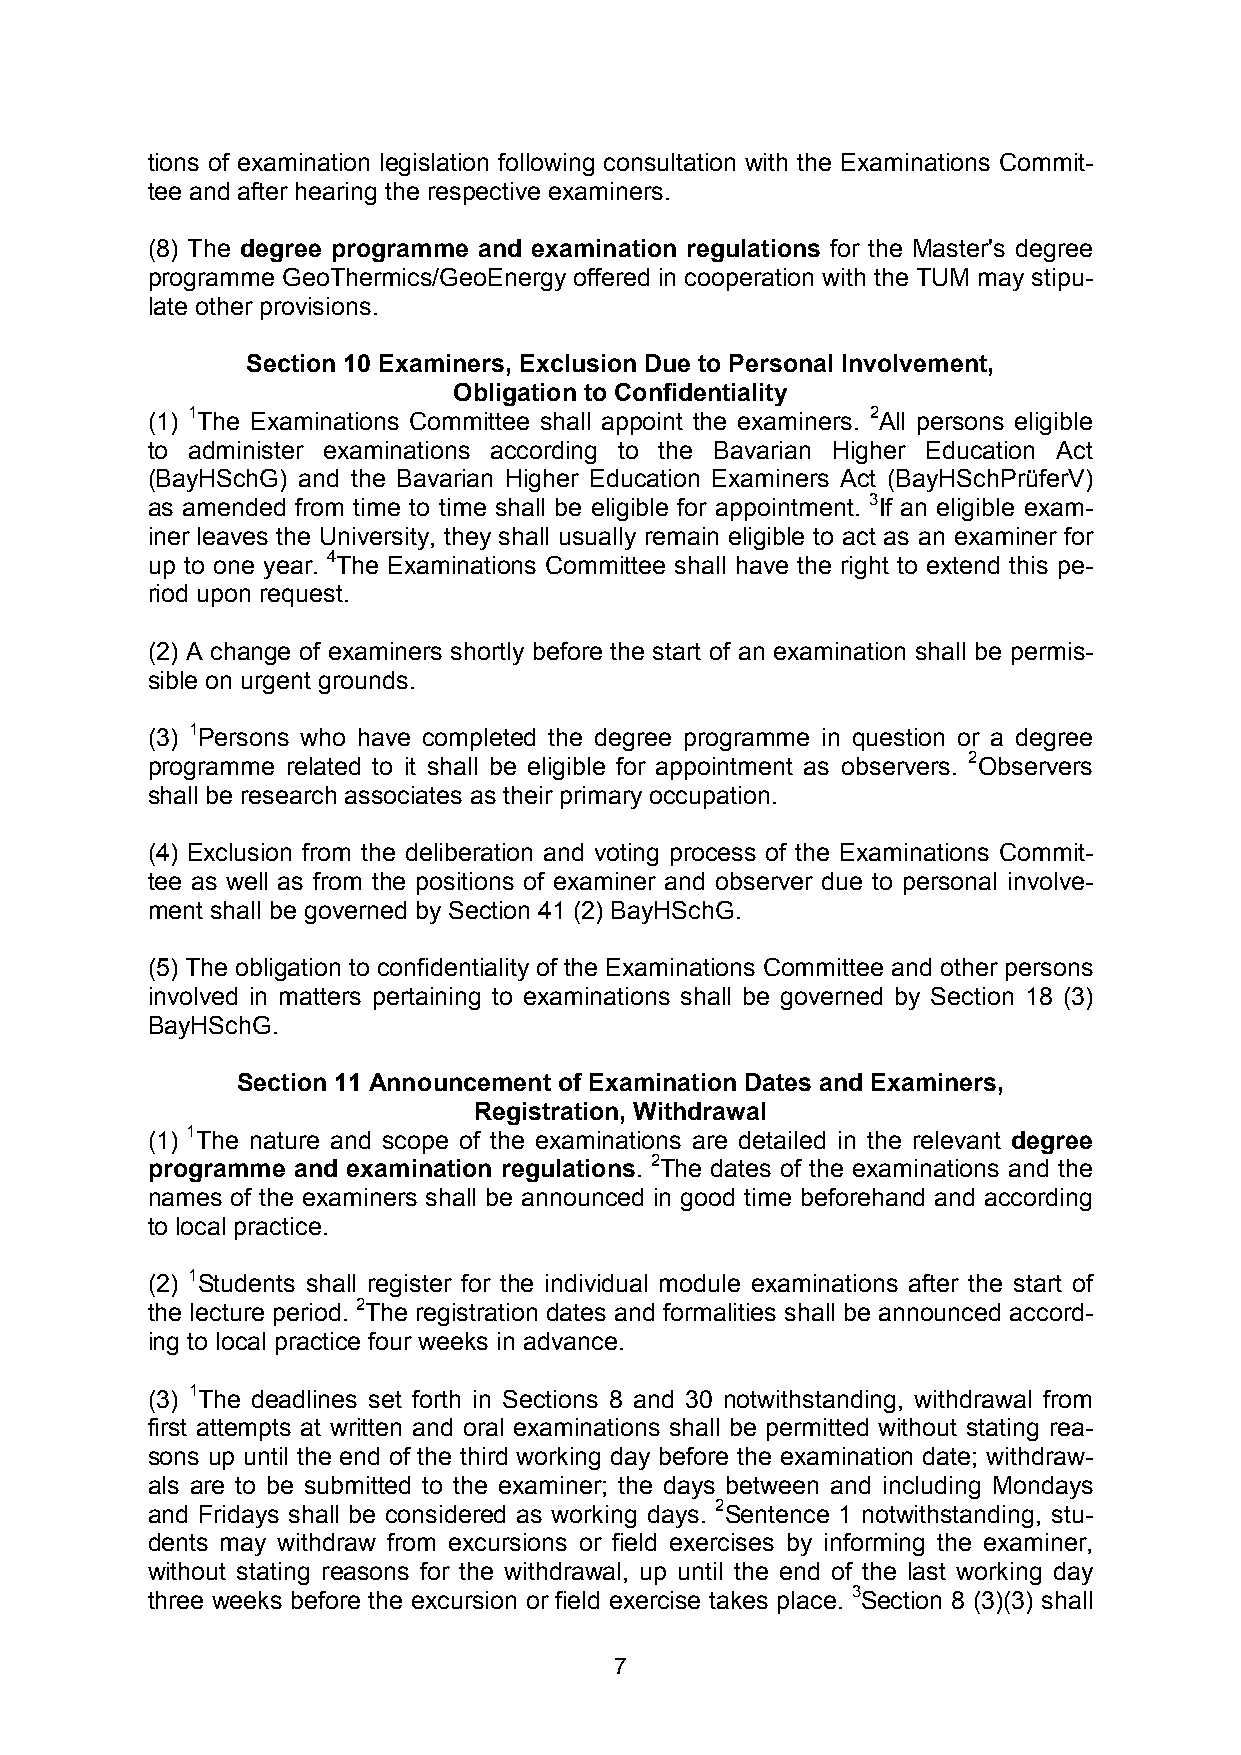
tions of examination legislation following consultation with the Examinations Commit-
 tee and after hearing the respective examiners.
 (8) The degree programme and examination regulations for the Master's degree
 programme GeoThermics/GeoEnergy offered in cooperation with the TUM may stipu-
 late other provisions.
 Section 10 Examiners, Exclusion Due to Personal Involvement,
 Obligation to Confidentiality
 (1) 1The Examinations Committee shall appoint the examiners. 2All persons eligible
 to administer examinations according to the Bavarian Higher Education Act
 (BayHSchG) and the Bavarian Higher Education Examiners Act (BayHSchPrüferV)
 as amended from time to time shall be eligible for appointment. 3If an eligible exam-
 iner leaves the University, they shall usually remain eligible to act as an examiner for
 up to one year. 4The Examinations Committee shall have the right to extend this pe-
 riod upon request.
 (2) A change of examiners shortly before the start of an examination shall be permis-
 sible on urgent grounds.
 (3) 1Persons who have completed the degree programme in question or a degree
 programme related to it shall be eligible for appointment as observers. 2Observers
 shall be research associates as their primary occupation.
 (4) Exclusion from the deliberation and voting process of the Examinations Commit-
 tee as well as from the positions of examiner and observer due to personal involve-
 ment shall be governed by Section 41 (2) BayHSchG.
 (5) The obligation to confidentiality of the Examinations Committee and other persons
 involved in matters pertaining to examinations shall be governed by Section 18 (3)
 BayHSchG.
 Section 11 Announcement of Examination Dates and Examiners,
 Registration, Withdrawal
 (1) 1The nature and scope of the examinations are detailed in the relevant degree
 programme and examination regulations. 2The dates of the examinations and the
 names of the examiners shall be announced in good time beforehand and according
 to local practice.
 (2) 1Students shall register for the individual module examinations after the start of
 the lecture period. 2The registration dates and formalities shall be announced accord-
 ing to local practice four weeks in advance.
 (3) 1The deadlines set forth in Sections 8 and 30 notwithstanding, withdrawal from
 first attempts at written and oral examinations shall be permitted without stating rea-
 sons up until the end of the third working day before the examination date; withdraw-
 als are to be submitted to the examiner; the days between and including Mondays
 and Fridays shall be considered as working days. 2Sentence 1 notwithstanding, stu-
 dents may withdraw from excursions or field exercises by informing the examiner,
 without stating reasons for the withdrawal, up until the end of the last working day
 three weeks before the excursion or field exercise takes place. 3Section 8 (3)(3) shall
 7